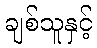
ချစ်သူနှင့်